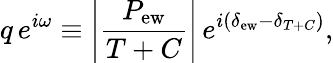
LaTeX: q\, e^{i\omega}\equiv\left|\frac{P_{\mathrm{ew}}}{T+C}\right|\, e^{i(\delta_{\mathrm{ew}}-\delta_{T+C})},